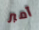
آمبر